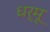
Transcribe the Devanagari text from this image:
धर्मू